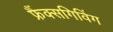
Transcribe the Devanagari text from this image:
फ्रैंक्सगिविंग